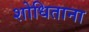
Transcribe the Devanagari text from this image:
शोधिताना